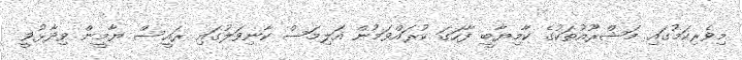
މިވެރިކަމުގައި މަޝްރޫއުތަކުގެ ކާމިޔާބީ ފާހަގަ ކުރައްވަމުން އަލިމަސް ކާނިވަލުގައި ރައީސް ޔާމީން ވިދާޅުވީ